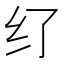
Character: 𱺑